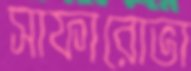
সাফারোভা